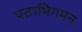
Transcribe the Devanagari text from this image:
पताभिगमन